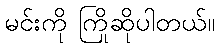
မင်းကို ကြိုဆိုပါတယ်။